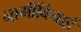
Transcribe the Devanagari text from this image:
नामीबियाई